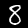
Label: 8